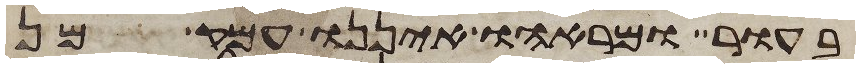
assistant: בעור ומראהו איננו עמק מן